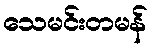
သေမင်းတမန်